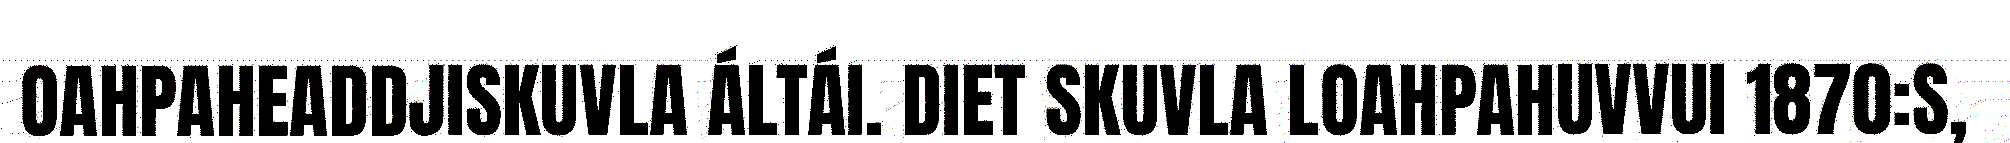
OAHPAHEADDJISKUVLA ÁLTÁI. DIET SKUVLA LOAHPAHUVVUI 1870:S,